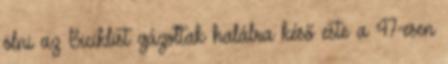
ölni az Biciklist gázoltak halálra késő este a 47-esen